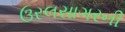
ઉરલસાગરની